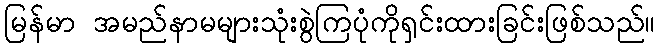
မြန်မာ အမည်နာမများသုံးစွဲကြပုံကိုရှင်းထားခြင်းဖြစ်သည်။